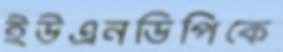
ইউএনডিপিকে